画像に写った文字を読んでください
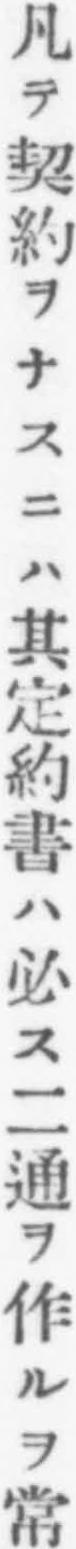
「凡テ契約ヲナスニハ其定約書ハ必ス二通ヲ作ルヲ常」と書いてあります